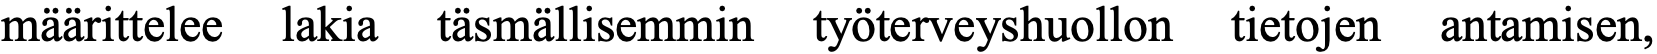
määrittelee lakia täsmällisemmin työterveyshuollon tietojen antamisen,